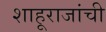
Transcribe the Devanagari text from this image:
शाहूराजांची